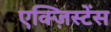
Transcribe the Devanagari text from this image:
एक्ज़िस्टेंस